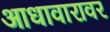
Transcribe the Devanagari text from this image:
आधावारावर